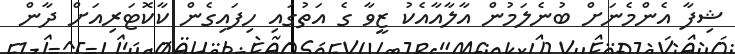
ޝިފާ އެންމެނަށް ބުނެލަމުން އާލާއާއެކު ޒީވާ ގެ އަތުގައި ހިފައިގެން ކާކޮޓަރިއަށް ދާން